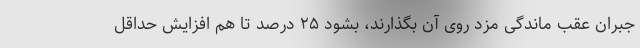
جبران عقب ماندگی مزد روی آن بگذارند، بشود ۲۵ درصد تا هم افزایش حداقل